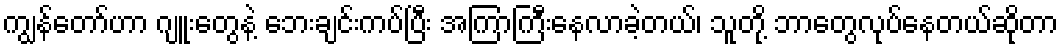
ကျွန်တော်ဟာ ဂျူးတွေနဲ့ ဘေးချင်းကပ်ပြီး အကြာကြီးနေလာခဲ့တယ်၊ သူတို့ ဘာတွေလုပ်နေတယ်ဆိုတာ